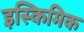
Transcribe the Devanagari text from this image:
इस्किमिक